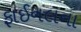
ફાઈનલના